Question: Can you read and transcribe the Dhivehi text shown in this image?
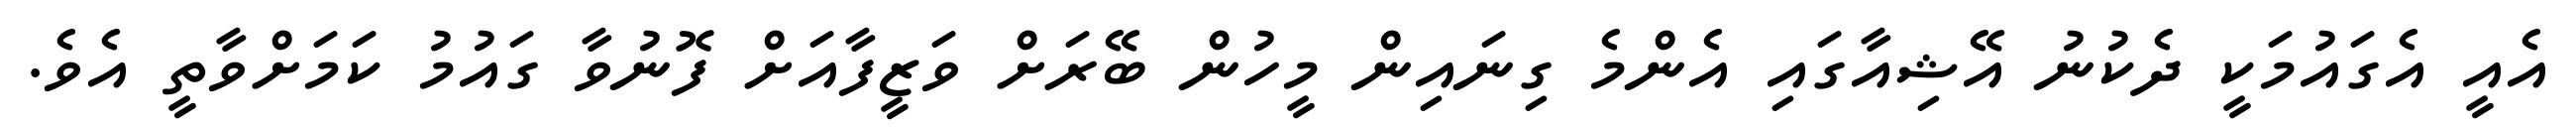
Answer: އެއީ އެގައުމަކީ ދެކުނު އޭޝިއާގައި އެންމެ ގިނައިން މީހުން ބޭރަށް ވަޒީފާއަށް ފޮނުވާ ގައުމު ކަމަށްވާތީ އެވެ.